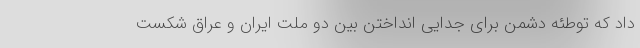
داد که توطئه دشمن برای جدایی انداختن بین دو ملت ایران و عراق شکست